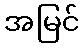
အမြင်